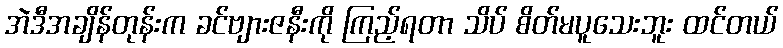
အဲဒီအချိန်တုန်းက ခင်ဗျားဇနီးကို ကြည့်ရတာ သိပ် စိတ်မပူသေးဘူး ထင်တယ်